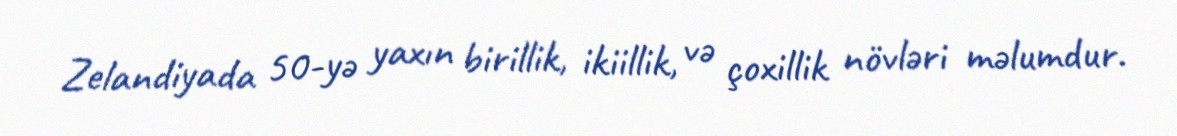
Zelandiyada 50-yə yaxın birillik, ikiillik, və çoxillik növləri məlumdur.